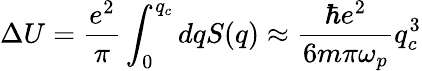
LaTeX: \Delta U=\frac{e^{2}}{\pi}\int_{0}^{q_{c}}dqS(q)\approx\frac{\hbar e^{2}}{6m\pi\omega_{p}}q_{c}^{3}